Scottish Certificate of Education, 1962
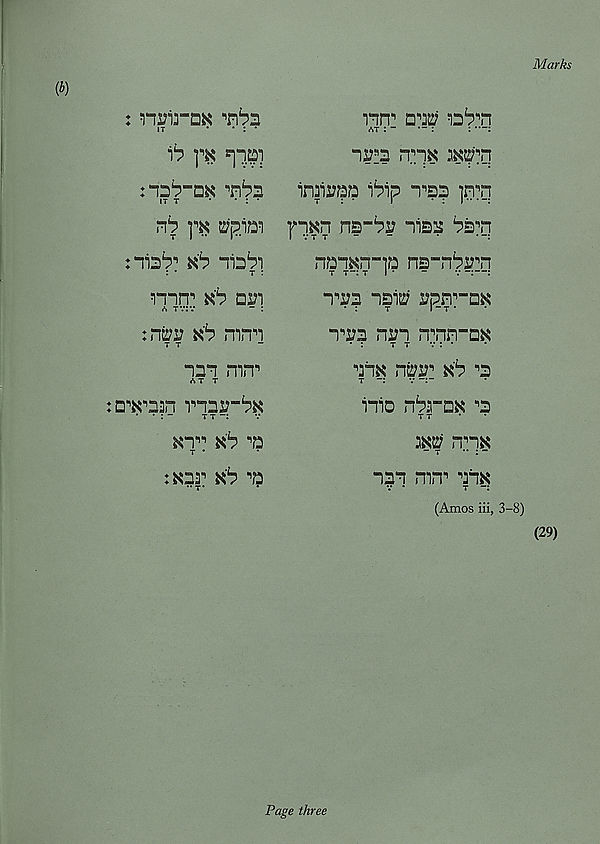
Marks
(b)
: nrirDK it
•
• : •
Sb yx
'rbz
it t
*
* : *
nb
^pi^i
: iteb' xib “112^1
: *
t :
H-irr xb dx?i
«s tv:v
“ :
:n^r ^ mm
nm mn^
ATT
:D^^2n mns?-^
• : -
t t -:
T ’
d?3^
"ii?^ m"]^ ^'vi
i^ip t , d? ]n^q
fpxn ns-^r nia^
nqq^q-p ns-n^^q
“i^2 nai^ rpn ,, -DK
mi?2 nri mnn-D^
. :
T T
v : *
■’jnx ntiu' xb '2
t -:
v -: _
imo r\bmx ^
T T
m mqx
"i|q mn n
(Amos iii, 3-8)
(29)
Page three